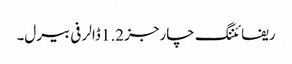
ریفائننگ چارجز 1.2 ڈالر فی بیرل۔